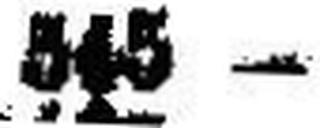
545 —